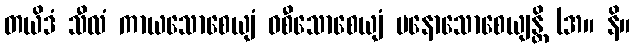
တယိဒံ သီလံ ကာယသောစေယျံ ဝစီသောစေယျံ မနောသောစေယျန္တိ (အ။ နိ။